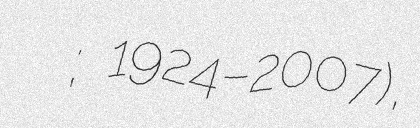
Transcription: Алексей Констанович Загуляев; 1924–2007),